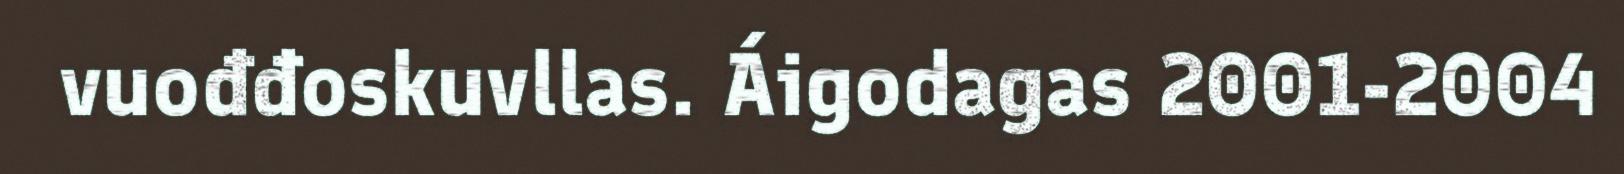
vuođđoskuvllas. Áigodagas 2001-2004